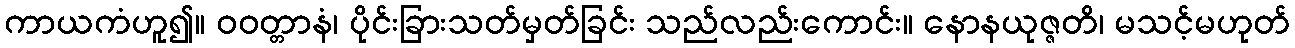
ကာယကံဟူ၍။ ဝဝတ္တာနံ၊ ပိုင်းခြားသတ်မှတ်ခြင်း သည်လည်းကောင်း။ နောနယုဇ္ဇတိ၊ မသင့်မဟုတ်